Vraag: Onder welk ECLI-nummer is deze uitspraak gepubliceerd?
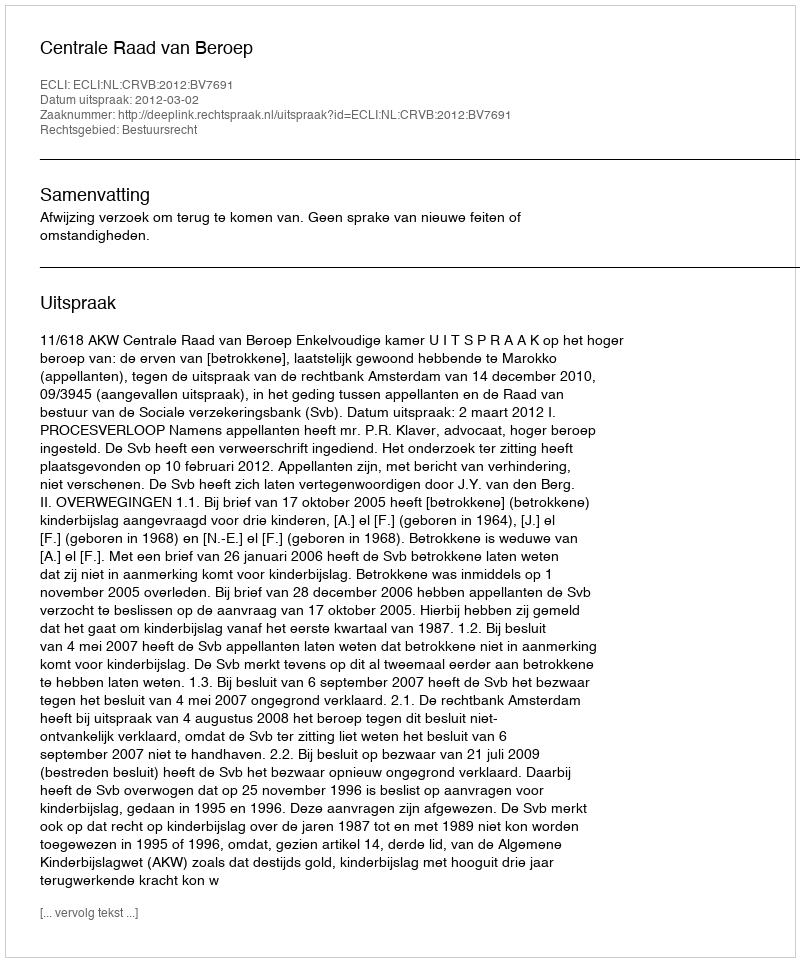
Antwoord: ECLI:NL:CRVB:2012:BV7691